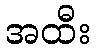
အထီး